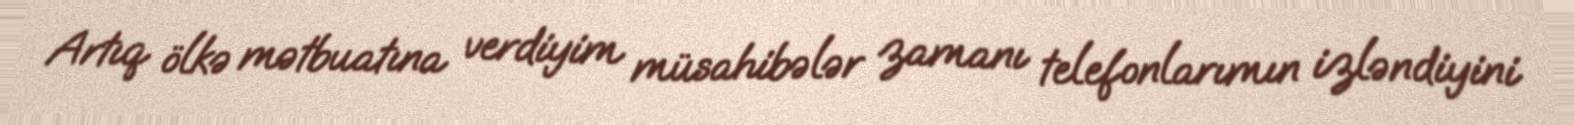
Artıq ölkə mətbuatına verdiyim müsahibələr zamanı telefonlarımın izləndiyini